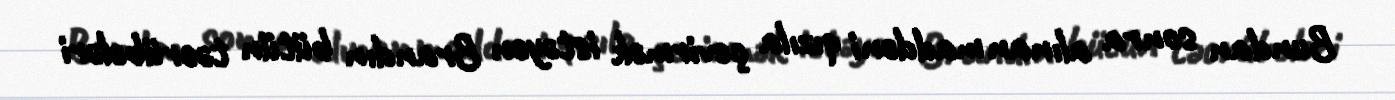
Bundan sonra alınan maddəni qızıla çevirmək istəyən Brandın bütün təcrübələri